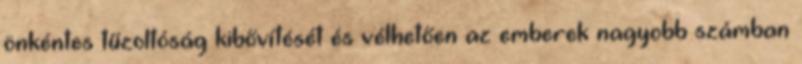
önkéntes tűzoltóság kibővítését és vélhetően az emberek nagyobb számban